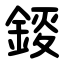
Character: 錽